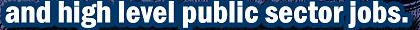
and high level public sector jobs.